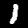
Digit: 1